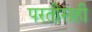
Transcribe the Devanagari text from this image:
परतीसही